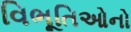
વિભૂતિઓનો